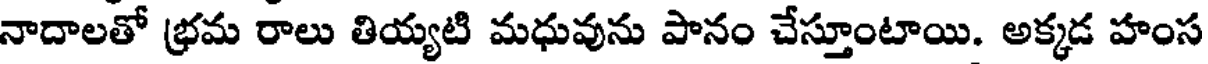
నాదాలతో భ్రమ రాలు తియ్యటి మధువును పానం చేస్తూంటాయి. అక్కడ హంస